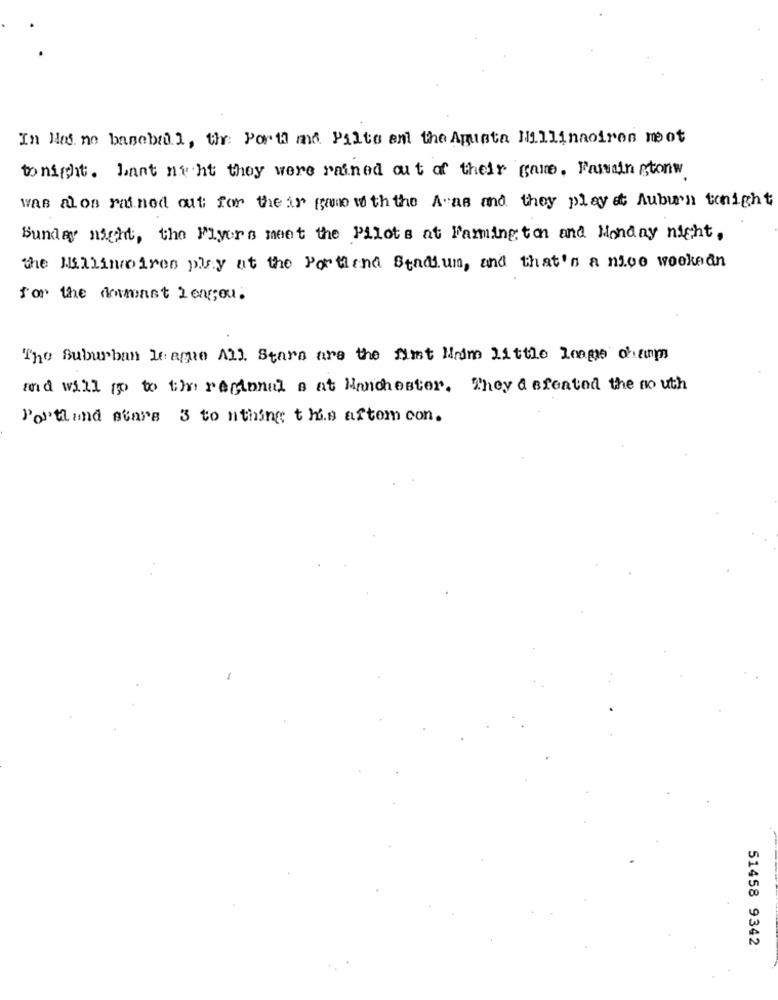
In Hes me baseball, the Porti ma Pilte and the Apusta Hillinnoires not
tonight. Lant ni ht they were rained out of their game, Famain gtonw
was alos rained out for the ir gane w th the A"as and they play et Auburn tonight
Sunday night, the Flyers meet the Pilots at Farmington and Monday night,
the Millinoires play at the Portiend Stadium, and that's a nice wookedn
for the damast Longyou.
The Suburban league All Stars are the fint Mim Little League champs
mid will go to the regional s at Manchester. They a sfeatod the no uth
Portland stars 3 to nthing this aftom con.
51458 9342